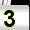
Digit: 3